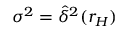
\sigma ^ { 2 } = \widehat { \delta } ^ { 2 } ( r _ { H } )